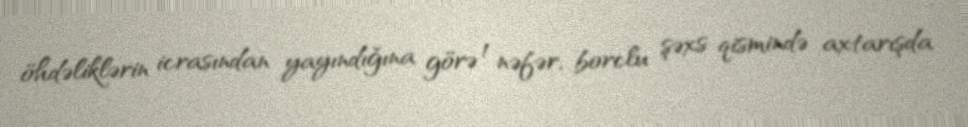
öhdəliklərin icrasından yayındığına görə 1 nəfər, borclu şəxs qismində axtarışda